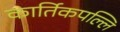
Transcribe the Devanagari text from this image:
कार्तिकपल्लि